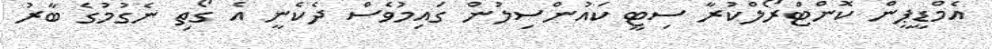
އެމްޑީޕީން ކޮންޓްރޯލްކުރާ ސިޓީ ކައުންސިލުން ގައިމުވެސް ދެކެނީ އެ ގޯތި ނެގުމުގެ ބާރު